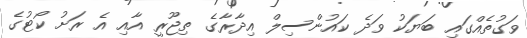
ވަގުތެއްގައި ބަޔަކު ވަދެ ކައުންސިލް އިދާރާގެ ތިޖޫރީ އާއި އެ ރަށު ކޯޓުގެ